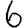
Digit: 6